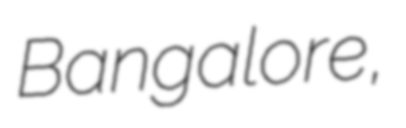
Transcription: Bangalore,